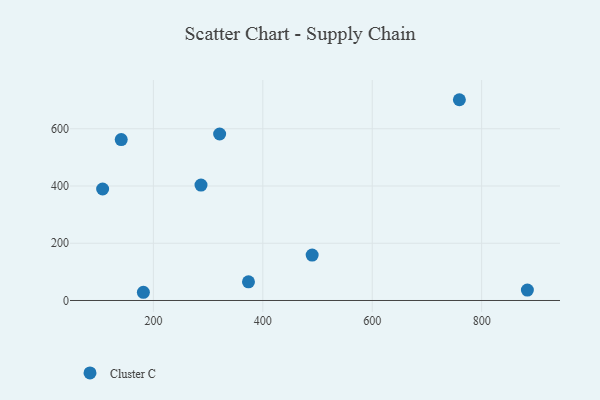
{"axis": {"x": "Engine Size", "y": "Demand"}, "legend": ["Cluster C"], "data": [{"x": "759.3", "y": 701.5, "type": "Cluster C"}, {"x": "490.2", "y": 158.7, "type": "Cluster C"}, {"x": "373.8", "y": 65.2, "type": "Cluster C"}, {"x": "141.2", "y": 562.1, "type": "Cluster C"}, {"x": "107.2", "y": 389.6, "type": "Cluster C"}, {"x": "181.7", "y": 28.7, "type": "Cluster C"}, {"x": "321.1", "y": 581.7, "type": "Cluster C"}, {"x": "287.0", "y": 403.3, "type": "Cluster C"}, {"x": "883.6", "y": 36.3, "type": "Cluster C"}]}